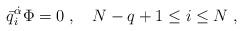
\begin{align*} \bar q_i^{\dot\alpha}\Phi=0\;, \quad N-q+1\leq i \leq N \;,\end{align*}